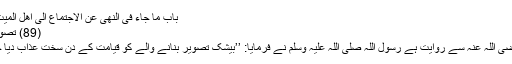
باب ما جاء فی النھی عن الاجتماع الی اھل المیت 1612)
(89) تصویر سازی:
عبد اللہ رضی اللہ عنہ سے روایت ہے رسول اللہ صلی اللہ علیہ وسلم نے فرمایا: ’’بیشک تصویر بنانے والے کو قیامت کے دن سخت عذاب دیا جائے گا‘‘۔